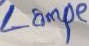
Text: Lampe